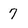
Character: 7